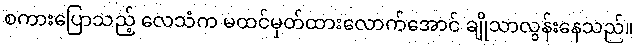
စကားပြောသည့် လေသံက မထင်မှတ်ထားလောက်အောင် ချိုသာလွန်းနေသည်။